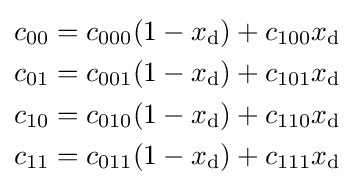
{\begin{aligned}c_{00}&=c_{000}(1-x_{\text{d}})+c_{100}x_{\text{d}}\\c_{01}&=c_{001}(1-x_{\text{d}})+c_{101}x_{\text{d}}\\c_{10}&=c_{010}(1-x_{\text{d}})+c_{110}x_{\text{d}}\\c_{11}&=c_{011}(1-x_{\text{d}})+c_{111}x_{\text{d}}\end{aligned}}